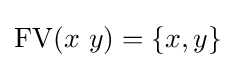
\operatorname {FV} (x\ y)=\{x,y\}